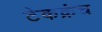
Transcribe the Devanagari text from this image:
टेकक्रंच